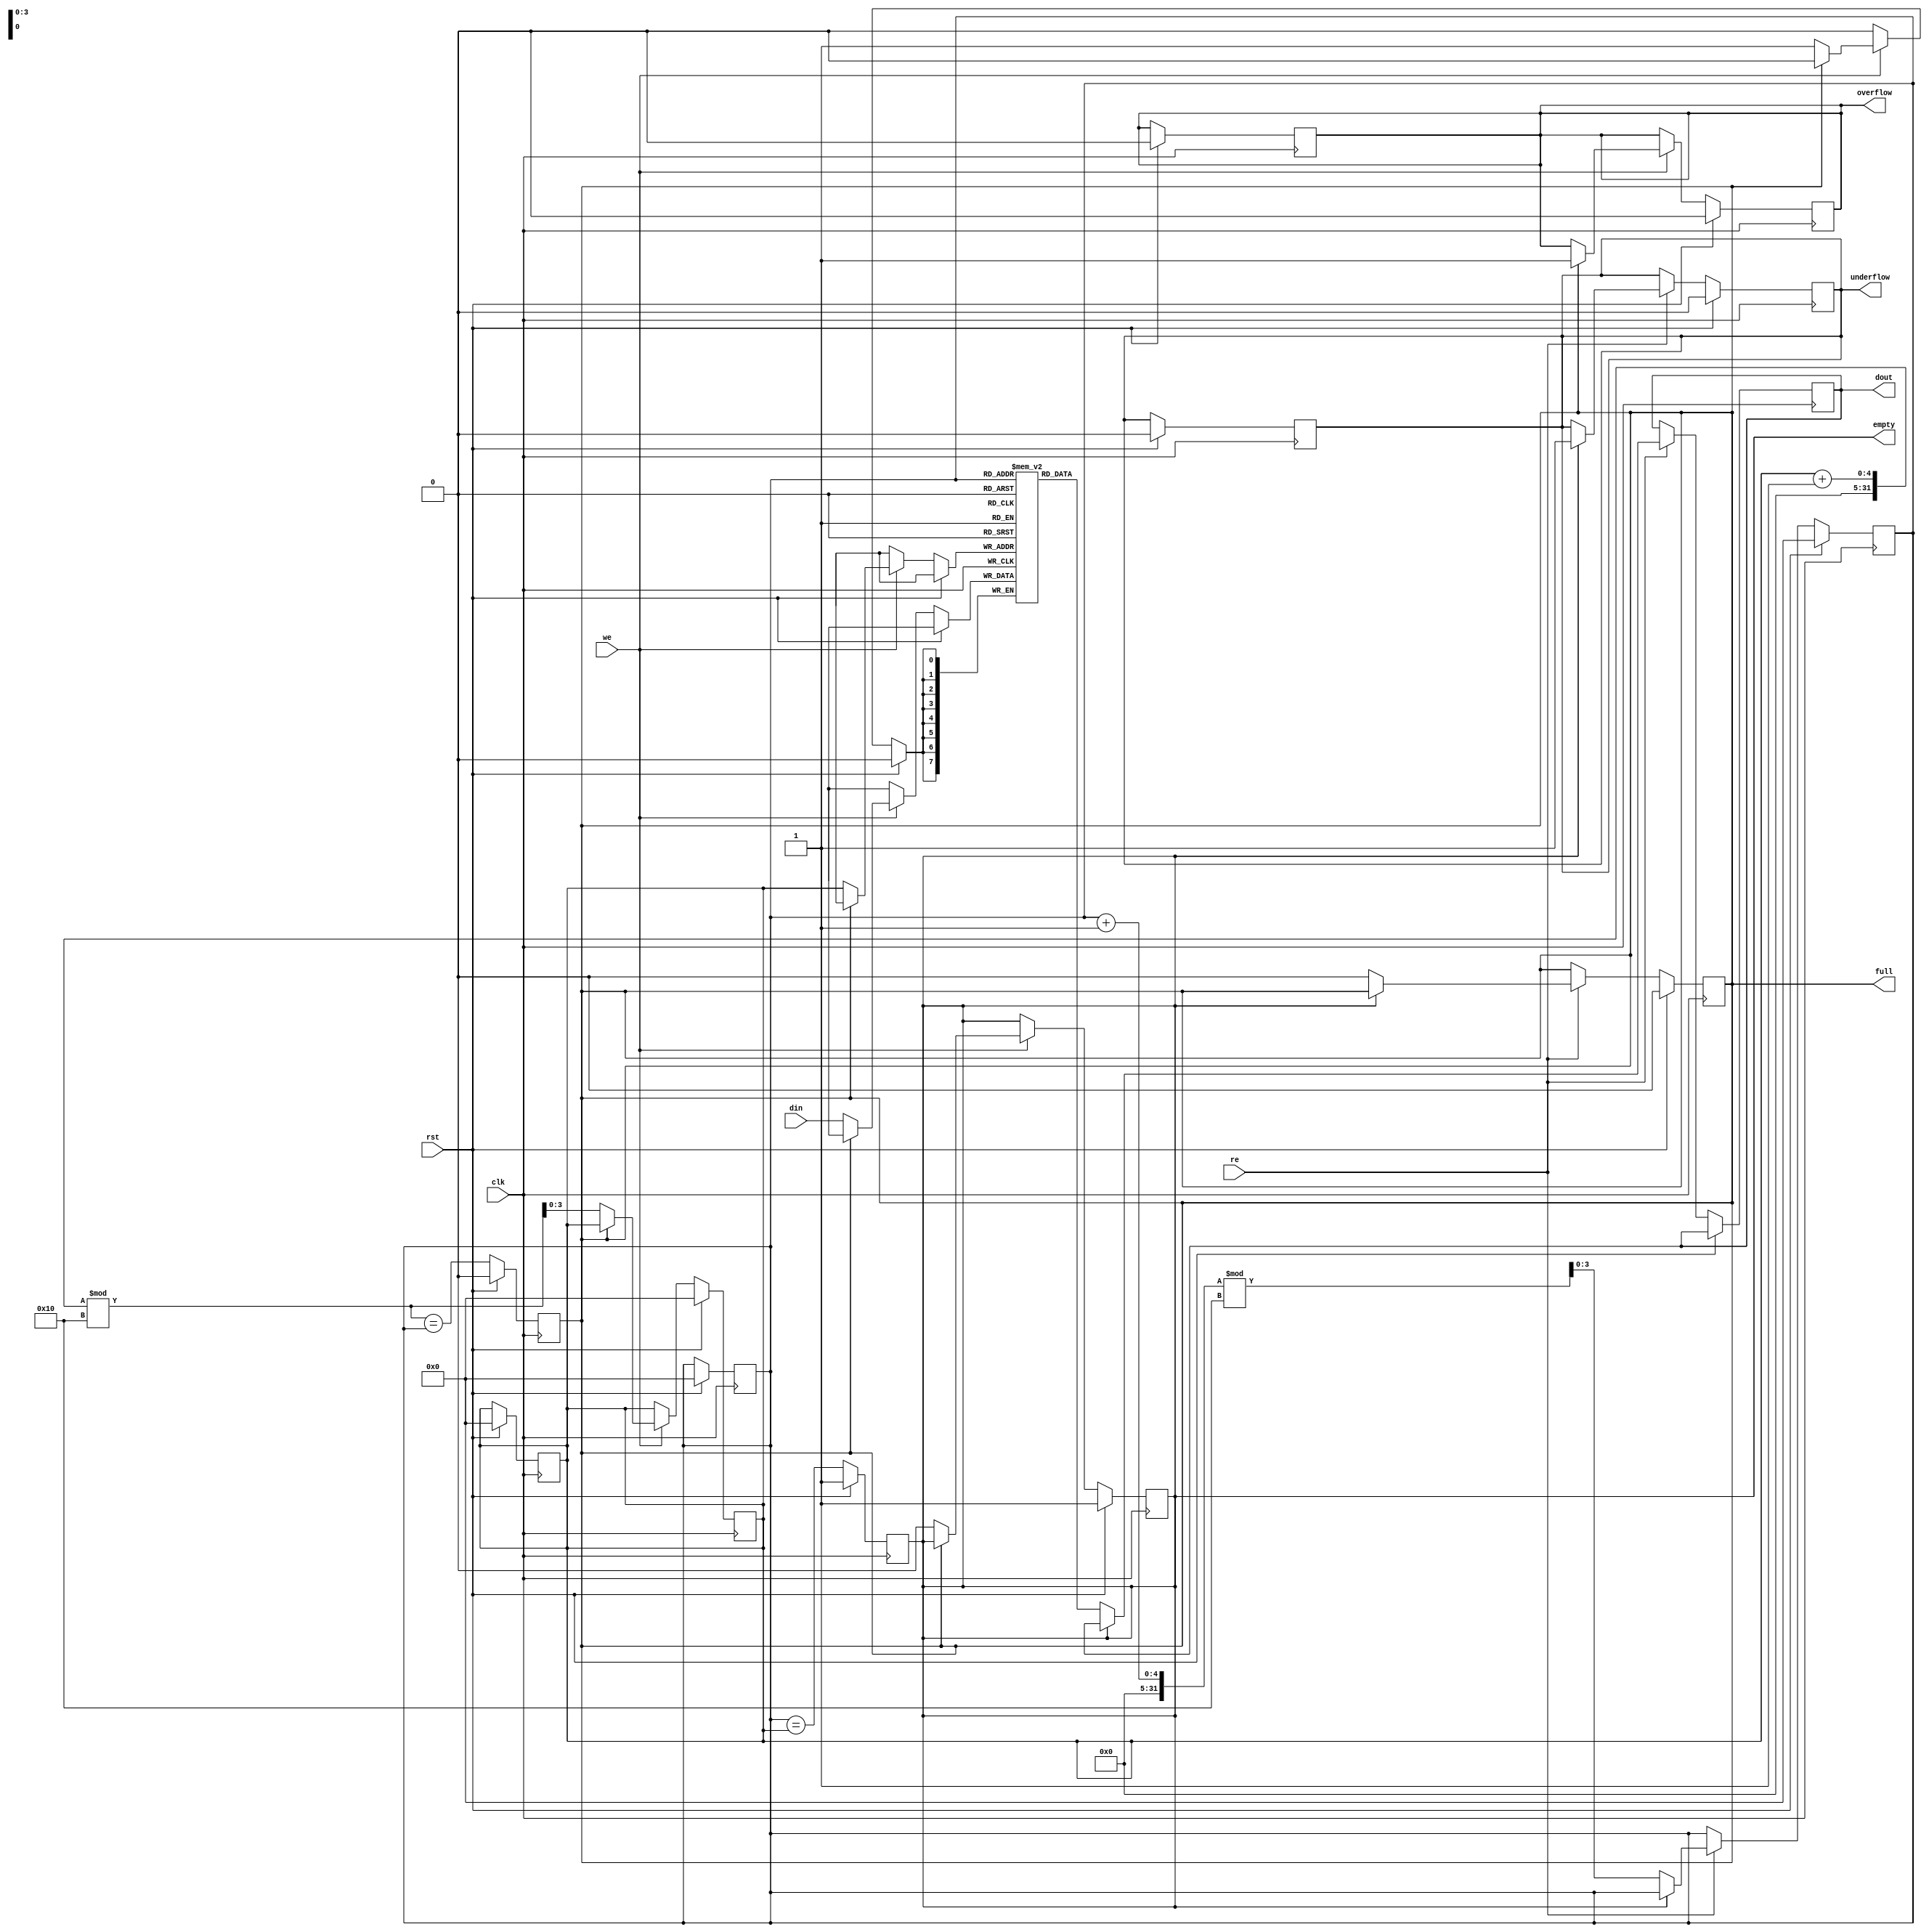
module fifo_sram #(
    parameter DATA_WIDTH = 8,    // Width of each data entry in bits
    parameter FIFO_DEPTH = 16     // Number of entries in the FIFO
)(
    input wire clk,               // Clock signal
    input wire rst,               // Reset signal (synchronous)
    input wire we,                // Write enable
    input wire re,                // Read enable
    input wire [DATA_WIDTH-1:0] din, // Data input
    output reg [DATA_WIDTH-1:0] dout, // Data output
    output reg full,              // Full flag
    output reg empty,             // Empty flag
    output reg overflow,          // Overflow flag
    output reg underflow          // Underflow flag
);

    // Memory array
    reg [DATA_WIDTH-1:0] fifo_mem [0:FIFO_DEPTH-1];

    // Pointers
    reg [3:0] head;               // Read pointer
    reg [3:0] tail;               // Write pointer

    // Initialize pointers and flags
    initial begin
        head = 0;
        tail = 0;
        full = 0;
        empty = 1;
        overflow = 0;
        underflow = 0;
    end

    // Write operation
    always @(posedge clk) begin
        if (rst) begin
            head <= 0;
            tail <= 0;
            full <= 0;
            empty <= 1;
            overflow <= 0;
            underflow <= 0;
        end else begin
            // Handle write operation
            if (we) begin
                if (!full) begin
                    fifo_mem[tail] <= din; // Write data to FIFO
                    tail <= (tail + 1) % FIFO_DEPTH; // Increment tail
                    empty <= 0; // FIFO is no longer empty
                end else begin
                    overflow <= 1; // Set overflow flag
                end
            end
            
            // Update full condition
            full <= ((tail + 1) % FIFO_DEPTH == head);
        end
    end

    // Read operation
    always @(posedge clk) begin
        if (rst) begin
            head <= 0;
            tail <= 0;
            full <= 0;
            empty <= 1;
            overflow <= 0;
            underflow <= 0;
        end else begin
            // Handle read operation
            if (re) begin
                if (!empty) begin
                    dout <= fifo_mem[head]; // Read data from FIFO
                    head <= (head + 1) % FIFO_DEPTH; // Increment head
                    full <= 0; // FIFO is no longer full
                end else begin
                    underflow <= 1; // Set underflow flag
                end
            end
            
            // Update empty condition
            empty <= (head == tail);
        end
    end

endmodule